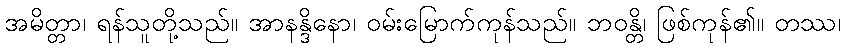
အမိတ္တာ၊ ရန်သူတို့သည်။ အာနန္ဒိနော၊ ဝမ်းမြောက်ကုန်သည်။ ဘဝန္တိ၊ ဖြစ်ကုန်၏။ တဿ၊